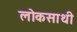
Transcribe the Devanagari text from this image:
लोकसाथी